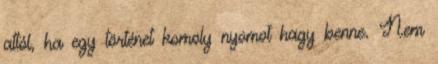
attól, ha egy történet komoly nyomot hagy benne. Nem